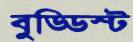
বুড্ডিস্ট